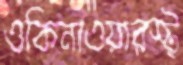
ওকিনাওয়ারস্ট্